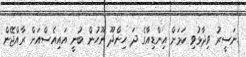
ނަސީރު ވިދާޅުވި ކަމަށް އިންޑިއާގެ ދަ ހިންދޫ ނޫހުން ބުނީ އައިއެސްއަށް ރާއްޖޭން